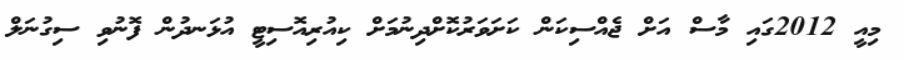
މިއީ 2012ގައި މާސް އަށް ޖެއްސިކަން ކަށަވަރުކޮށްދިނުމަށް ކިއުރިއޮސިޓީ އުޅަނދުން ފޮނުވި ސިގުނަލް